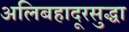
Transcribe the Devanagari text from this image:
अलिबहादूरसुद्धा